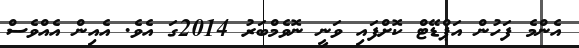
އެންމެ ފަހުން އަޕްޑޭޓް ކޮށްފައި ވަނީ ނޮވެމްބަރު 2014ގަ އެވެ. އެއިން އެއްވެސް